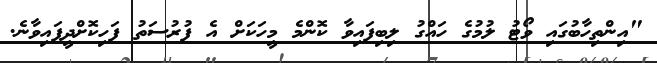
"އިންތިހާބުގައި ވޯޓު ލުމުގެ ހައްގު ލިބިފައިވާ ކޮންމެ މީހަކަށް އެ ފުރުސަތު ފަހިކޮށްދީފައިވާނެ.